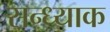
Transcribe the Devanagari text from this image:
सन्ध्याक